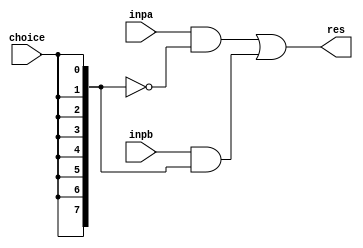
module mux2 #(parameter WIDTH=8)
    (
        input [WIDTH-1:0] inpa,
        input [WIDTH-1:0] inpb,
        input choice,
        output [WIDTH-1:0] res
    );
    
    wire [WIDTH-1:0] ech;
    
    assign ech={WIDTH{choice}};
    
    assign res=(inpa&~ech)|(inpb&ech);
endmodule